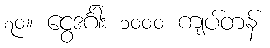
၇၀။ ငွေဒင်္ဂါး ၁၀၀၀ ကျပ်တန်